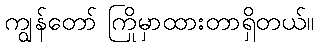
ကျွန်တော် ကြိုမှာထားတာရှိတယ်။